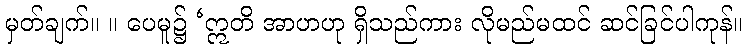
မှတ်ချက်။ ။ ပေမူ၌ ‘ဣတိ အာဟဟု ရှိသည်ကား လိုမည်မထင် ဆင်ခြင်ပါကုန်။